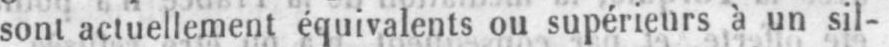
sont actuellement équivalents ou supérieurs à un sil-